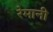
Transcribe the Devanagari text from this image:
रेमानी